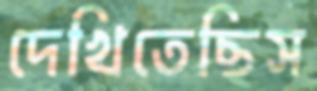
দেখিতেছিস